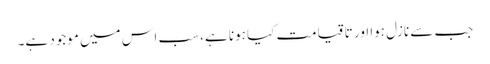
جب سے نازل ہوا اور تا قیامت کیا ہونا ہے، سب اس میں موجود ہے۔